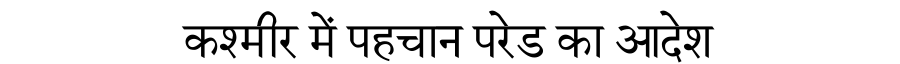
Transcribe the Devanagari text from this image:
कश्मीर में पहचान परेड का आदेश